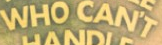
WHO CANT